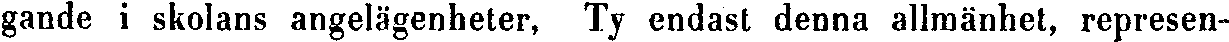
gande i skolans angelägenheter, Ty endast denna allmänhet, represen-